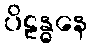
ပိဠန္ဓနေ